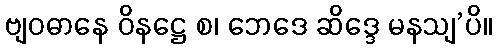
ဗျဝဓာနေ ဝိနဋ္ဌေ စ၊ ဘေဒေ ဆိဒ္ဒေ မနသျ’ပိ။